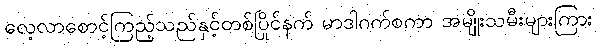
လေ့လာစောင့်ကြည့်သည်နှင့်တစ်ပြိုင်နက် မာဒါဂက်စကာ အမျိုးသမီးများကြား